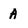
Character: A